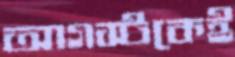
আগস্টকেই